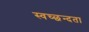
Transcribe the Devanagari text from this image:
स्‍वच्‍छन्‍दता